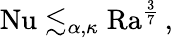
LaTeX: \mathrm{{Nu}}\lesssim_{\alpha,\kappa}\mathrm{{Ra}}^{\frac 37}\, ,